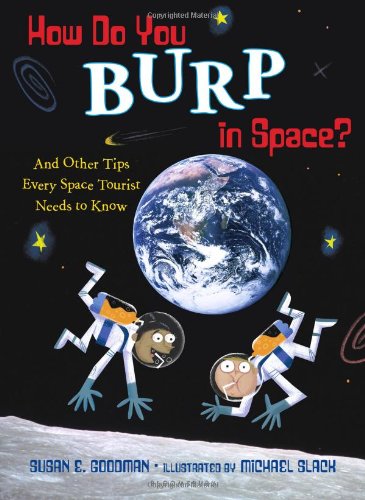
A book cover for How Do You Burp in Space?: And Other Tips Every Space Tourist Needs to Know; Susan E. Goodman; Children's Books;